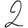
Digit: 2